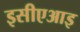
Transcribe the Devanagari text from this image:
इसीएआइ